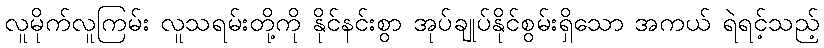
လူမိုက်လူကြမ်း လူသရမ်းတို့ကို နိုင်နင်းစွာ အုပ်ချုပ်နိုင်စွမ်းရှိသော အကယ် ရဲရင့်သည့်